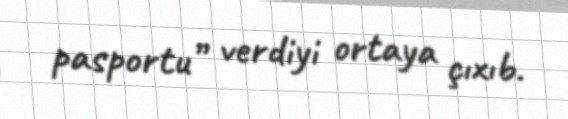
pasportu” verdiyi ortaya çıxıb.